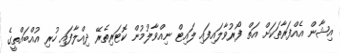
އިޝާން އެއްފަރާތަކަށް އަތް ފޯރުވާލައިފައި ލައިޓް ނިއްވާލުމުން ކޮޓަރިތެރޭ ދިއްލާފައި ހުރި އުއްބައްތީގެ